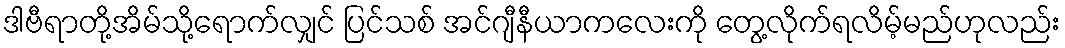
ဒါဗီရာတို့အိမ်သို့ရောက်လျှင် ပြင်သစ် အင်ဂျီနီယာကလေးကို တွေ့လိုက်ရလိမ့်မည်ဟုလည်း